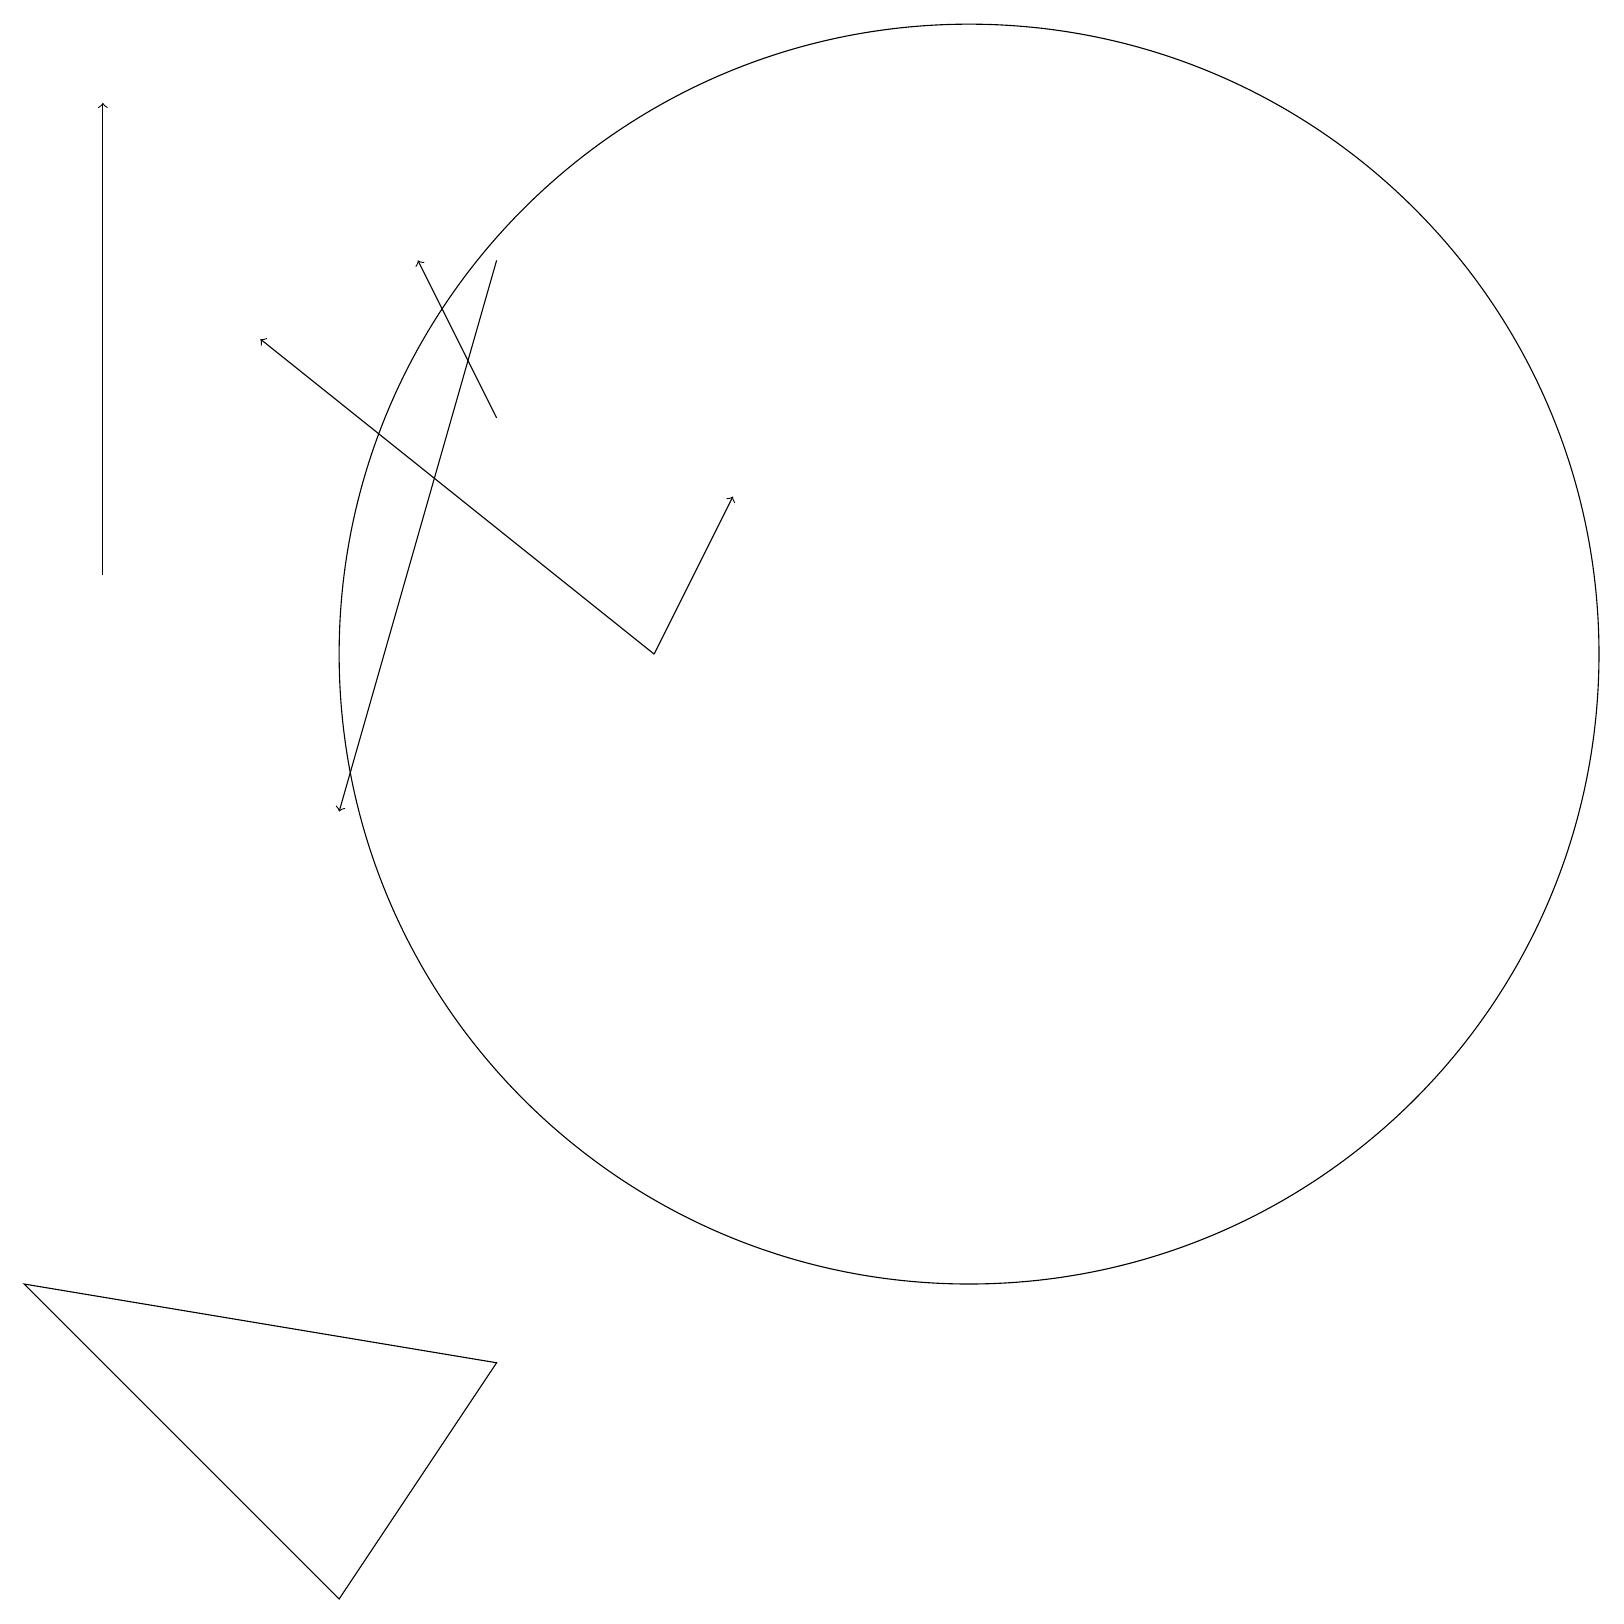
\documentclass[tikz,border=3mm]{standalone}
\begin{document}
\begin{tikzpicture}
\draw (6,3) -- (0,4) -- (4,0) -- cycle;
\draw[->] (1,13) -- (1,19);
\draw[->] (8,12) -- (9,14);
\draw[->] (6,17) -- (4,10);
\draw[->] (6,15) -- (5,17);
\draw (12,12) circle (8);
\draw[->] (8,12) -- (3,16);
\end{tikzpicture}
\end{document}